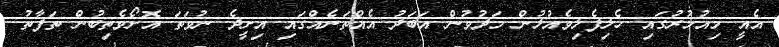
އެއީ މިއުމުރުގައި ހެލިފެލިވެއުޅުން މަދުވުން އަބަދު އެއްތަނެއްގައި އިށީދެ ނުވަތަ އޮށޯވެތިބުން ތަފާތު